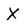
Character: X